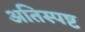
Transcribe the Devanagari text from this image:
अतिस्पष्ट